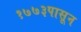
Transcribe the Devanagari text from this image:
१७७३पासून